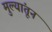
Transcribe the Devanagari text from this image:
मुल्यांतून